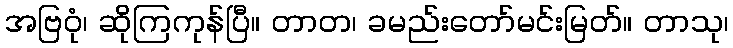
အဗြဝုံ၊ ဆိုကြကုန်ပြီ။ တာတ၊ ခမည်းတော်မင်းမြတ်။ တာသု၊